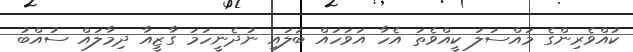
ކުއްވެރިންގެ މައްސަލަ ކީއްވެތަ އެހާ އަވަހައް ބަލައި ނުދެނީހަމަ ގާޒީއާ ދިމާލައް ސުއްބު